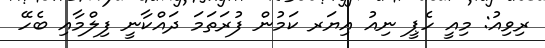
ރިވިއު: މިއީ ހެޕީ ނިއު އިޔަރ ކަމުން ފުރަތަމަ ދައްކާނީ ފިލްމާއި ބެހޭ